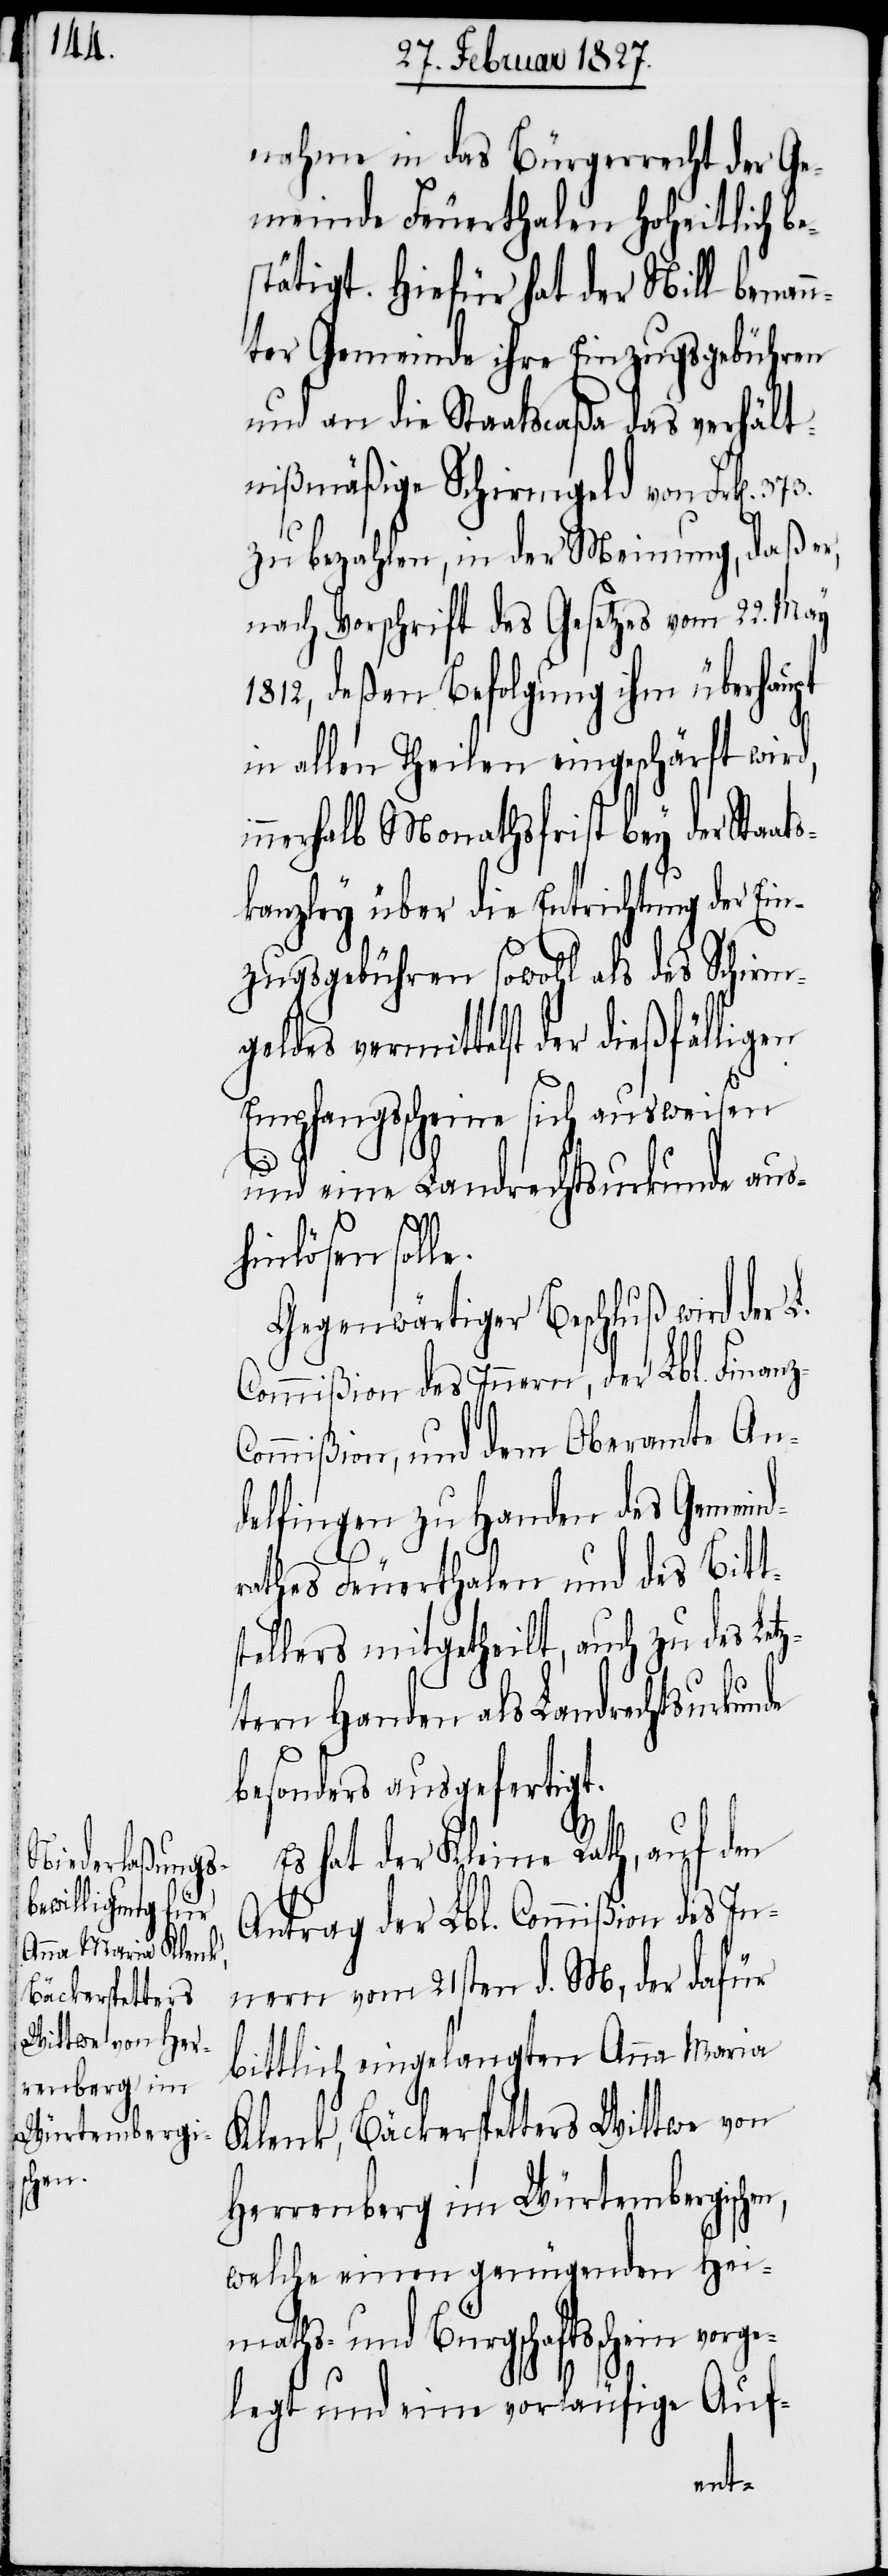
nahme in das Bürgerrecht der Ge¬
meinde Feuerthalen Hoheitlich be¬
stätigt. Hiefür hat der Nill benan¬
nter Gemeinde ihre Einzugsgebühren
und an die Staatscaßa das verhält¬
nißmäßige Schirmgeld von Frk[en].
zu bezahlen, in der Meinung, daß er,
nach Vorschrift des Gesetzes vom 22. May
1812, deßen Befolgung ihm überhaupt
in allen Theilen eingeschärft wird,
nerhalb Monathsfrist bey der Sta¬
kanzley über die Entrichtung der Ein¬
zugsgebühren sowohl als des Schirmg¬
eldes vermittelst der dießfälligen
Empfangsscheine sich ausweisen
und eine Landrechtsurkunde aus¬
hinlösen soll¬
Gegenwärtiger Beschluß wird der L.
Commißion des Innern, der Lbl. Finanz-C¬
ommißion, und dem Oberamte An¬
delfingen zu Handen des Gemeind¬
rathes Feuerthalen und des Bitts¬
tellers mitgetheilt, auch zu des Letz¬
tern Handen als Landrechtsurk¬
besonders ausgefertigt.
Es hat der Kleine Rath, auf den
Antrag der Lbl. Commißion des In¬
nern vom 21sten d. M, der dafür
Bäckerspetters
Wittwe von Her¬
bittlich eingelangten Anna Maria
renberg im Würtembergischen,
welche einen genügenden Hei¬
maths- und Bürgschaftsschein
legt und eine vorläufige Auf-
vorge¬